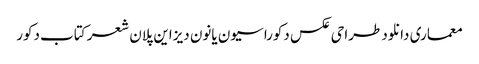
معماری دانلود طراحی عکس دکوراسیون یانون دیزاین پلان شعر کتاب دکور